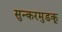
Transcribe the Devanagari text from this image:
सुन्करमुडकू